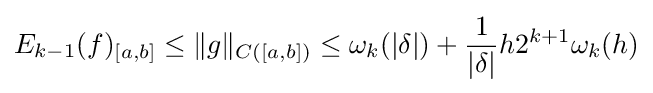
E_{k-1}(f)_{[a,b]}\leq \|g\|_{C([a,b])}\leq \omega _{k}(|\delta |)+{\frac {1}{|\delta |}}h2^{k+1}\omega _{k}(h)